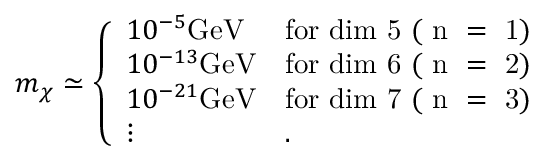
m _ { \chi } \simeq \left\{ \begin{array} { l l } { { 1 0 ^ { - 5 } \mathrm { { G e V } } } } & { { \mathrm { f o r ~ d i m ~ 5 ~ ( ~ n ~ = ~ 1 ) } } } \\ { { 1 0 ^ { - 1 3 } \mathrm { { G e V } } } } & { { \mathrm { f o r ~ d i m ~ 6 ~ ( ~ n ~ = ~ 2 ) } } } \\ { { 1 0 ^ { - 2 1 } \mathrm { { G e V } } } } & { { \mathrm { f o r ~ d i m ~ 7 ~ ( ~ n ~ = ~ 3 ) } } } \\ { { \vdots } } & { { . } } \end{array} \right.